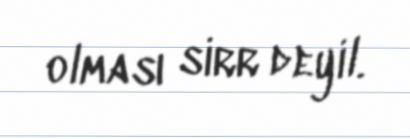
olması sirr deyil.